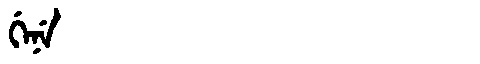
Manchu: ᡤᡝᠨᡝ
Romanization: GENE